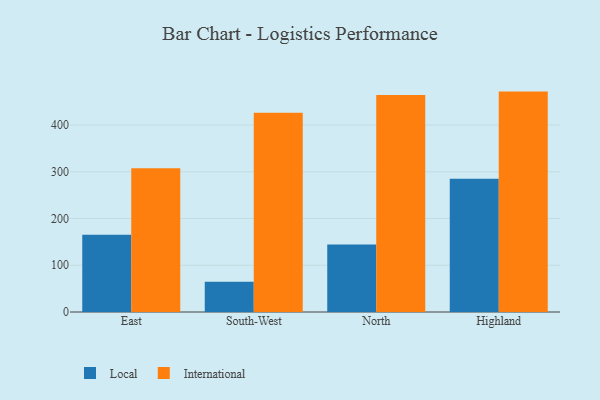
{"axis": {"x": "Region", "y": "Tickets Resolved"}, "legend": ["International", "Local"], "data": [{"x": "East", "y": 165.5, "type": "Local"}, {"x": "East", "y": 307.4, "type": "International"}, {"x": "South-West", "y": 64.8, "type": "Local"}, {"x": "South-West", "y": 426.5, "type": "International"}, {"x": "North", "y": 144.2, "type": "Local"}, {"x": "North", "y": 464.3, "type": "International"}, {"x": "Highland", "y": 285.1, "type": "Local"}, {"x": "Highland", "y": 471.6, "type": "International"}]}